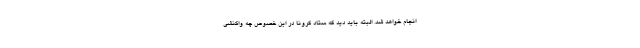
انجام خواهد شد. البته باید دید که ستاد کرونا در این خصوص چه واکنشی